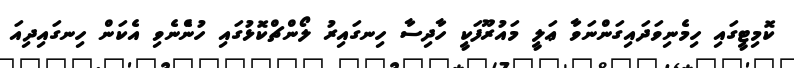
ކޮމިޓީގައި ހިމެނިވަދައިގަންނަވާ ޢަލީ މައުރޫފަކީ ހާދިސާ ހިނގައިރު ލޯންޗްކޮޅުގައި ހުންެނެވި އެކަން ހިނގައިދިއަ